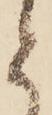
と